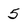
Character: 5